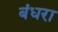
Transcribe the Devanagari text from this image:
बंधरा